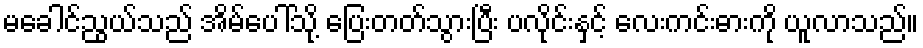
မခေါင်ညွယ်သည် အိမ်ပေါ်သို့ ပြေးတတ်သွားပြီး ပလိုင်းနှင့် လေးကင်းဓားကို ယူလာသည်။